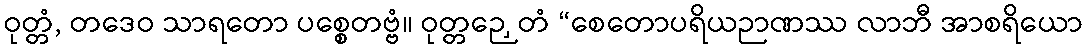
ဝုတ္တံ, တဒေဝ သာရတော ပစ္စေတဗ္ဗံ။ ဝုတ္တဉှေတံ “စေတောပရိယဉာဏဿ လာဘီ အာစရိယော